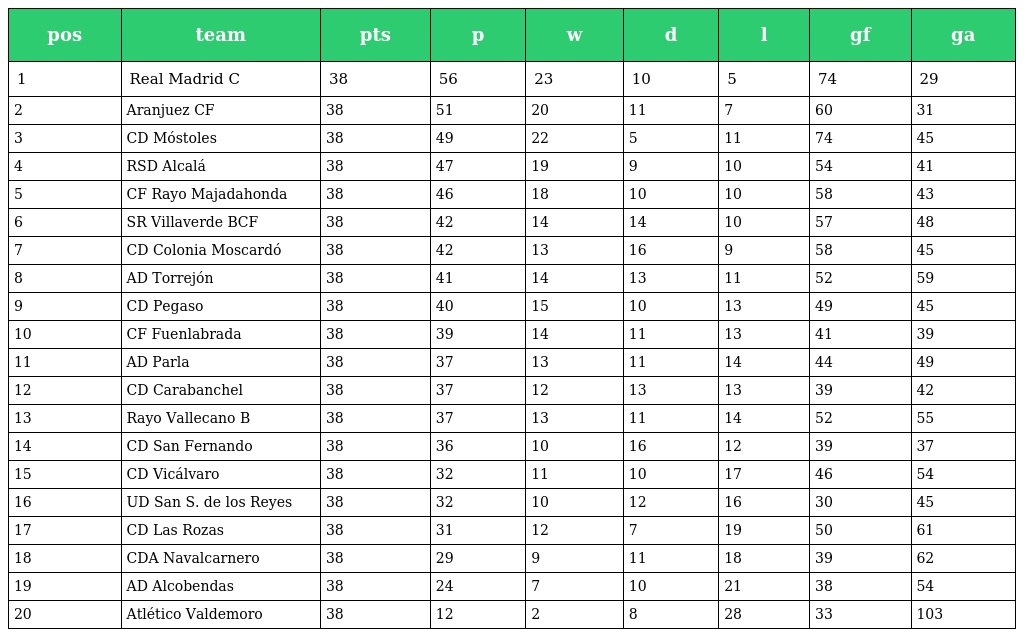
| pos | team | pts | p | w | d | l | gf | ga |
 | --- | --- | --- | --- | --- | --- | --- | --- | --- |
 | 1 | Real Madrid C | 38 | 56 | 23 | 10 | 5 | 74 | 29 |
 | 2 | Aranjuez CF | 38 | 51 | 20 | 11 | 7 | 60 | 31 |
 | 3 | CD Móstoles | 38 | 49 | 22 | 5 | 11 | 74 | 45 |
 | 4 | RSD Alcalá | 38 | 47 | 19 | 9 | 10 | 54 | 41 |
 | 5 | CF Rayo Majadahonda | 38 | 46 | 18 | 10 | 10 | 58 | 43 |
 | 6 | SR Villaverde BCF | 38 | 42 | 14 | 14 | 10 | 57 | 48 |
 | 7 | CD Colonia Moscardó | 38 | 42 | 13 | 16 | 9 | 58 | 45 |
 | 8 | AD Torrejón | 38 | 41 | 14 | 13 | 11 | 52 | 59 |
 | 9 | CD Pegaso | 38 | 40 | 15 | 10 | 13 | 49 | 45 |
 | 10 | CF Fuenlabrada | 38 | 39 | 14 | 11 | 13 | 41 | 39 |
 | 11 | AD Parla | 38 | 37 | 13 | 11 | 14 | 44 | 49 |
 | 12 | CD Carabanchel | 38 | 37 | 12 | 13 | 13 | 39 | 42 |
 | 13 | Rayo Vallecano B | 38 | 37 | 13 | 11 | 14 | 52 | 55 |
 | 14 | CD San Fernando | 38 | 36 | 10 | 16 | 12 | 39 | 37 |
 | 15 | CD Vicálvaro | 38 | 32 | 11 | 10 | 17 | 46 | 54 |
 | 16 | UD San S. de los Reyes | 38 | 32 | 10 | 12 | 16 | 30 | 45 |
 | 17 | CD Las Rozas | 38 | 31 | 12 | 7 | 19 | 50 | 61 |
 | 18 | CDA Navalcarnero | 38 | 29 | 9 | 11 | 18 | 39 | 62 |
 | 19 | AD Alcobendas | 38 | 24 | 7 | 10 | 21 | 38 | 54 |
 | 20 | Atlético Valdemoro | 38 | 12 | 2 | 8 | 28 | 33 | 103 |